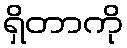
ရှိတာကို